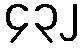
၄၃၂